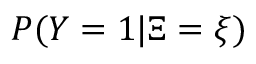
P ( Y = 1 | \Xi = \xi )